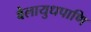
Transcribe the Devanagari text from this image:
वेलायुधपाणि